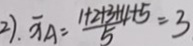
2 ) . \overline { x } A = \frac { 1 + 2 + 3 + 4 + 5 } { 5 } = 3